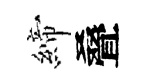
締叠